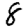
Digit: 8